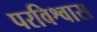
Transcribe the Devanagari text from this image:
परविश्वास